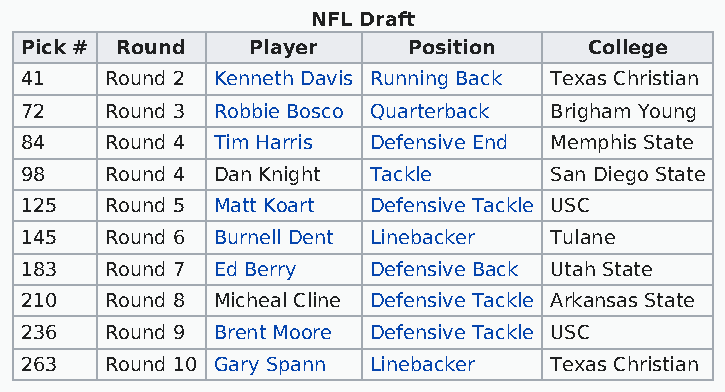
NFL Draft
 Pick # Round   Player     Position    College
 41    Round 2 Kenneth Davis Running Back Texas Christian
 72    Round 3 Robbie Bosco Quarterback Brigham Young
 84    Round 4 Tim Harris Defensive End Memphis State
 98    Round 4 Dan Knight Tackle    San Diego State
 125   Round 5 Matt Koart Defensive Tackle USC
 145   Round 6 Burnell Dent Linebacker Tulane
 183   Round 7 Ed Berry Defensive Back Utah State
 210   Round 8 Micheal Cline Defensive Tackle Arkansas State
 236   Round 9 Brent Moore Defensive Tackle USC
 263   Round 10 Gary Spann Linebacker Texas Christian